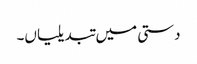
دستی میں تبدیلیاں۔